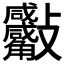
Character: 𧥙